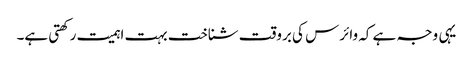
یہی وجہ ہے کہ وائرس کی بروقت شناخت بہت اہمیت رکھتی ہے۔